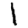
Digit: 1